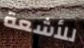
للأشعة